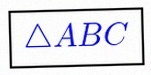
\triangle ABC